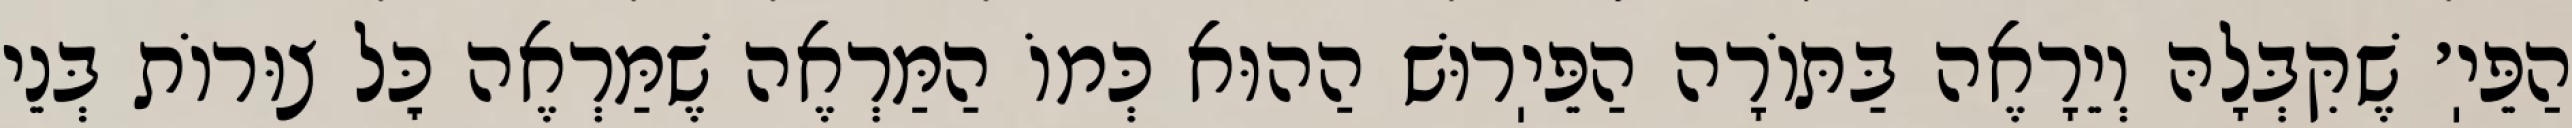
הַפֵּיֽ׳ שֶׁקִּבְּלָהּ וְיֵרָאֶה בַּתּוֹרָה הַפֵּיֽרוּשׁ הַהוּא כְּמוֹ הַמַּרְאֶה שֶׁמַּרְאֶה כׇּל צוּרוֹת בְּנֵי